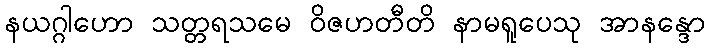
နယဂ္ဂါဟော သတ္တရသမေ ဝိဇဟတီတိ နာမရူပေသု အာနန္ဒော